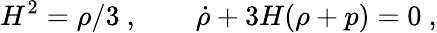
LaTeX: H^{2}=\rho/3\ ,~~~~~~~~\dot{\rho}+3H(\rho+p)=0\ ,